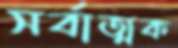
সর্বাত্মক